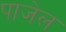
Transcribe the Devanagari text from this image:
पाजेल